Report of the Indian Hemp Drugs Commission, 1894-1895 - Volume I
Year: 1894
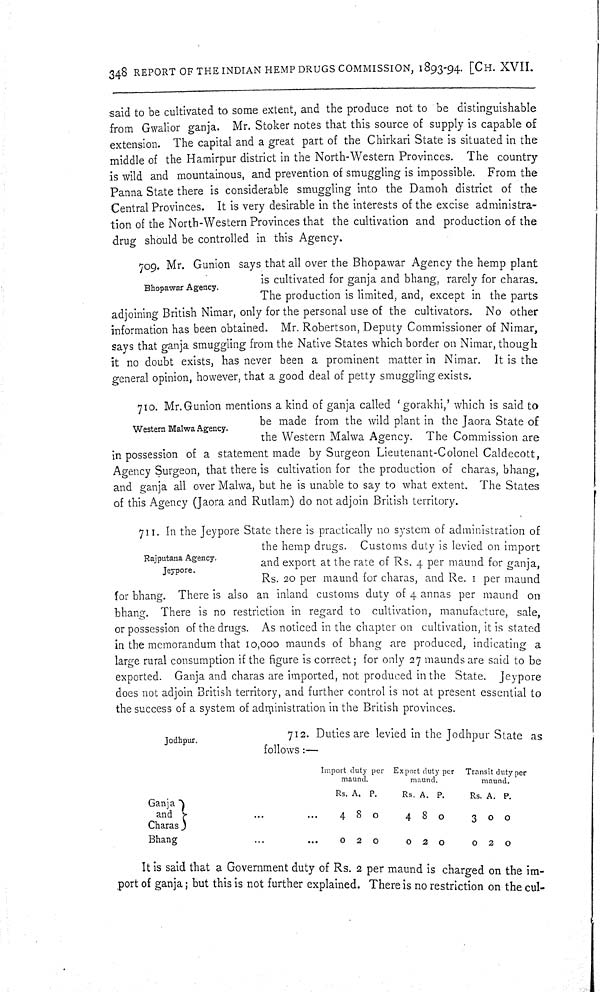
348 REPORT OF THE INDIAN HEMP DRUGS COMMISSION, 1893-94. [CH. XVII.
said to be cultivated to some extent, and the produce not to be distinguishable
from Gwalior ganja. Mr. Stoker notes that this source of supply is capable of
extension. The capital and a great part of the Chirkari State is situated in the
middle of the Hamirpur district in the North-Western Provinces. The country
is wild and mountainous, and prevention of smuggling is impossible. From the
Panna State there is considerable smuggling into the Damoh district of the
Central Provinces. It is very desirable in the interests of the excise administra-
tion of the North-Western Provinces that the cultivation and production of the
drug should be controlled in this Agency.
Bhopawar Agency.
709. Mr. Gunion says that all over the Bhopawar Agency the hemp plant
is cultivated for ganja and bhang, rarely for charas.
The production is limited, and, except in the parts
adjoining British Nimar, only for the personal use of the cultivators. No other
information has been obtained. Mr. Robertson, Deputy Commissioner of Nimar,
says that ganja smuggling from the Native States which border on Nimar, though
it no doubt exists, has never been a prominent matter in Nimar. It is the
general opinion, however, that a good deal of petty smuggling exists.
Western Malwa Agency.
710. Mr.Gunion mentions a kind of ganja called 'gorakhi,' which is said to
be made from the wild plant in the Jaora State of
the Western Malwa Agency. The Commission are
in possession of a statement made by Surgeon Lieutenant-Colonel Caldecott,
Agency Surgeon, that there is cultivation for the production of charas, bhang,
and ganja all over Malwa, but he is unable to say to what extent. The States
of this Agency (Jaora and Rutlam) do not adjoin British territory.
Rajputana Agency.
Jeypore.
711. In the Jeypore State there is practically no system of administration of
the hemp drugs. Customs duty is levied on import
and export at the rate of Rs. 4 per maund for ganja,
Rs. 20 per maund for charas, and Re. 1 per maund
for bhang. There is also an inland customs duty of 4 annas per maund on
bhang. There is no restriction in regard to cultivation, manufacture, sale,
or possession of the drugs. As noticed in the chapter on cultivation, it is stated
in the memorandum that 10,000 maunds of bhang are produced, indicating a
large rural consumption if the figure is correct; for only 27 maunds are said to be
exported. Ganja and charas are imported, not produced in the State. Jeypore
does not adjoin British territory, and further control is not at present essential to
the success of a system of administration in the British provinces.
Jodhpur.
712. Duties are levied in the Jodhpur State as
follows:—
Import duty per Export duty per
Transit duty per
maund.
maund.
maund.
Rs. A. P.
Rs. A. P.
Rs. A. P.
Ganja
and
4 8 0
4 8 0
3
0
0
Charas
Bhang
0
2
0
0
2
0
0
2
0
It is said that a Government duty of Rs. 2 per maund is charged on the im-
port of ganja; but this is not further explained. There is no restriction on the cul-